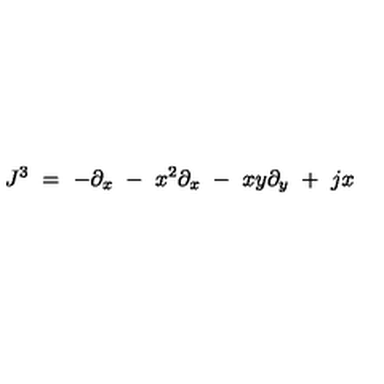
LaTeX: J ^ { 3 } \ = \ - \partial _ { x } \ - \ x ^ { 2 } \partial _ { x } \ - \ x y \partial _ { y } \ + \ j x